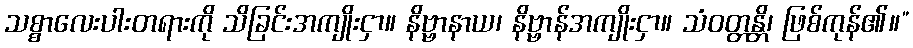
သစ္စာလေးပါးတရားကို သိခြင်းအကျိုးငှာ။ နိဗ္ဗာနာယ၊ နိဗ္ဗာန်အကျိုးငှာ။ သံဝတ္တန္တိ၊ ဖြစ်ကုန်၏။”